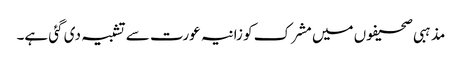
مذہبی صحیفوں میں مشرک کو زانیہ عورت سے تشبیہ دی گئی ہے۔